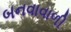
બનવાવાળી